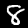
Label: 8